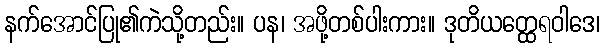
နက်အောင်ပြု၏ကဲသို့တည်း။ ပန၊ အဖို့တစ်ပါးကား။ ဒုတိယတ္ထေရဝါဒေ၊